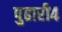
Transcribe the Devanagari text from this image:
पुढारी४